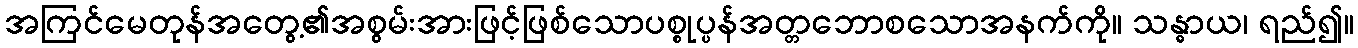
အကြင်မေတုန်အတွေ့၏အစွမ်းအားဖြင့်ဖြစ်သောပစ္စုပ္ပန်အတ္တဘောစသောအနက်ကို။ သန္ဓာယ၊ ရည်၍။